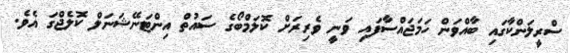
ސްރީލަންކާގައި ބާއްވަން ހަމަޖައްސާފައި ވަނީ ވެރިރަށް ކޮލަމްބޯގެ ސައުތް އިންޓަނޭޝަނަލް ކޮލެޖްގަ އެވެ.